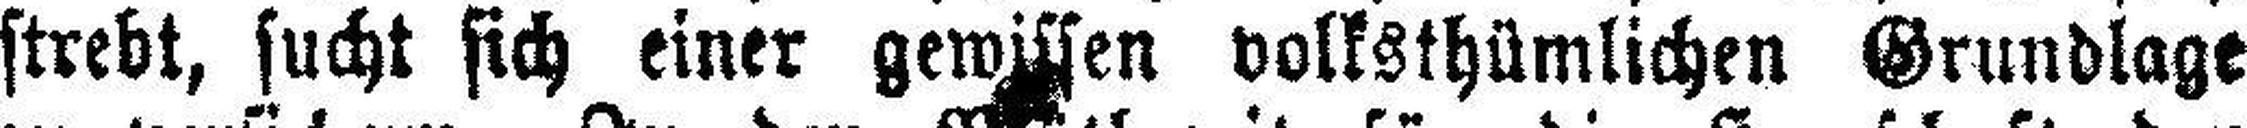
strebt, sucht sich einer gewissen volksthümlichen Grundlage